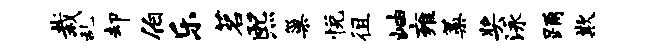
栽乱却伯乐茗熙巢悦徂岫雍蒿奖泳踊欺